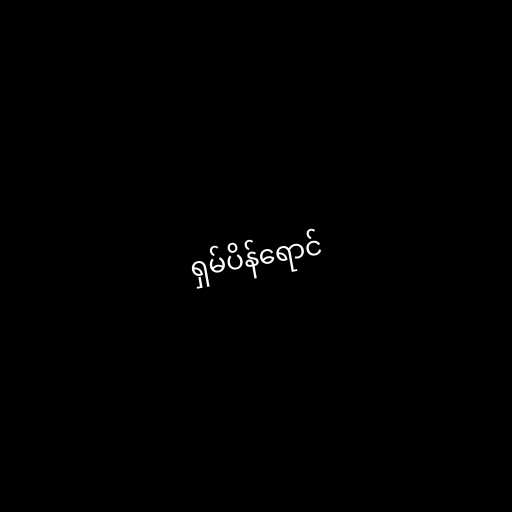
ရှမ်ပိန်ရောင်